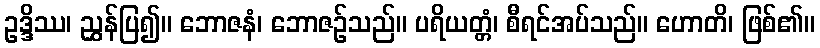
ဥဒ္ဒိဿ၊ ညွှန်ပြ၍။ ဘောဇနံ၊ ဘောဇဉ်သည်။ ပရိယတ္တံ၊ စီရင်အပ်သည်။ ဟောတိ၊ ဖြစ်၏။